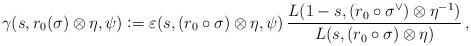
LaTeX: \begin{align*} \gamma(s,r_0(\sigma) \otimes \eta,\psi) \mathrel{\mathop:}= \varepsilon(s,(r_0 \circ \sigma) \otimes \eta,\psi) \, \dfrac{L(1-s,(r_0 \circ \sigma^\vee) \otimes \eta^{-1})}{L(s,(r_0 \circ \sigma) \otimes \eta)} \,,\end{align*}